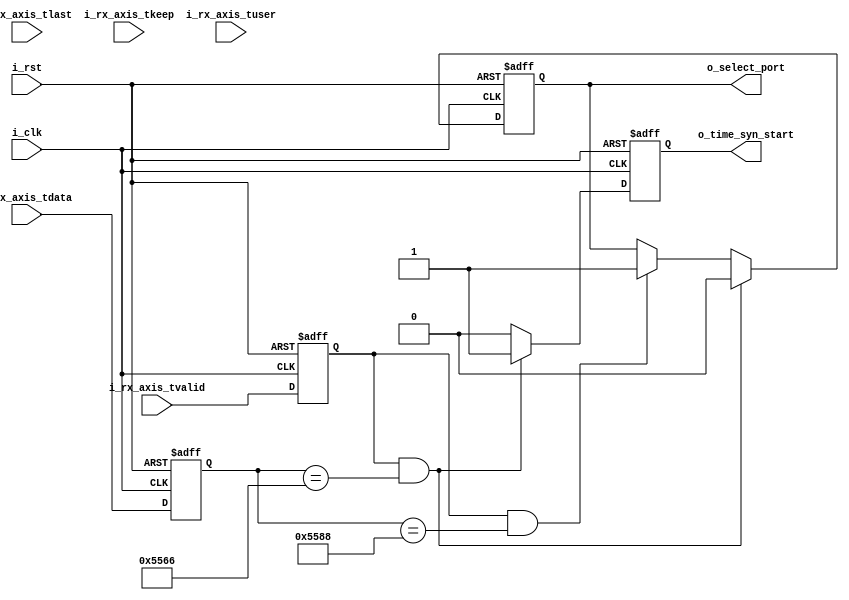
`timescale 1ns / 1ps
//////////////////////////////////////////////////////////////////////////////////
// Company: 
// Engineer: 
// 
// Design Name: 
// Module Name: Time_syn_ctrl_module
// Project Name: 
// Target Devices: 
// Tool Versions: 
// Description: 
// 
// Dependencies: 
// 
// Revision:
// Revision 0.01 - File Created
// Additional Comments:
// 
//////////////////////////////////////////////////////////////////////////////////


module Time_syn_ctrl_module(
    input           i_clk               ,
    input           i_rst               ,
    /*----ctrl port----*/
    output          o_time_syn_start    ,
    output          o_select_port       ,
    /*----axis port----*/
    input           i_rx_axis_tvalid    ,
    input  [63:0]   i_rx_axis_tdata     ,
    input           i_rx_axis_tlast     ,
    input  [7 :0]   i_rx_axis_tkeep     ,
    input           i_rx_axis_tuser      
);
//*********************************************parameter*************************************************//
localparam      P_SYN_START     =   64'h00_00_00_00_00_55_66;
localparam      P_SELECT_PORT   =   64'h00_00_00_00_00_55_88;
localparam      P_FRAME_LEN     =   8'd8;
//*********************************************function**************************************************//

//***********************************************FSM*****************************************************//

//***********************************************reg*****************************************************//
reg             ri_rx_axis_tvalid   ;
reg  [63:0]     ri_rx_axis_tdata    ;
reg             ri_rx_axis_tlast    ;
reg  [7 :0]     ri_rx_axis_tkeep    ;
reg             ri_rx_axis_tuser    ;
reg  [63:0]     ro_time_syn_start   ;
reg             ro_select_port      ;
//***********************************************wire****************************************************//

//*********************************************component*************************************************//

//**********************************************assign***************************************************//
assign  o_time_syn_start   = ro_time_syn_start      ;
assign  o_select_port      = ro_select_port         ;
//**********************************************always***************************************************//
always @(posedge i_clk or posedge i_rst)begin
    if(i_rst)begin
        ri_rx_axis_tvalid <= 'd0;
        ri_rx_axis_tdata  <= 'd0;
        ri_rx_axis_tlast  <= 'd0;
        ri_rx_axis_tkeep  <= 'd0;
        ri_rx_axis_tuser  <= 'd0;
    end
    else begin
        ri_rx_axis_tvalid <= i_rx_axis_tvalid;
        ri_rx_axis_tdata  <= i_rx_axis_tdata ;
        ri_rx_axis_tlast  <= i_rx_axis_tlast ;
        ri_rx_axis_tkeep  <= i_rx_axis_tkeep ;
        ri_rx_axis_tuser  <= i_rx_axis_tuser ;        
    end
end
 
always @(posedge i_clk or posedge i_rst)begin
    if(i_rst)
        ro_time_syn_start   <= 'd0;       
    else if(ri_rx_axis_tvalid && ri_rx_axis_tdata == P_SYN_START)
        ro_time_syn_start   <= 'd1;         
    else 
        ro_time_syn_start   <= 'd0;            
end

always @(posedge i_clk or posedge i_rst)begin
    if(i_rst)
        ro_select_port   <= 'd0;     
    else if(ri_rx_axis_tvalid && ri_rx_axis_tdata == P_SYN_START)
        ro_select_port   <= 'd0;   
    else if(ri_rx_axis_tvalid && ri_rx_axis_tdata == P_SELECT_PORT)
        ro_select_port   <= 'd1;         
    else 
        ro_select_port   <= ro_select_port;            
end


endmodule